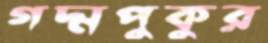
গদ্মপুকুর